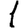
Digit: 1